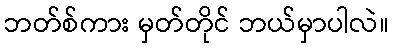
ဘတ်စ်ကား မှတ်တိုင် ဘယ်မှာပါလဲ။